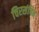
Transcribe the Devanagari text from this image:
चिरसंचित